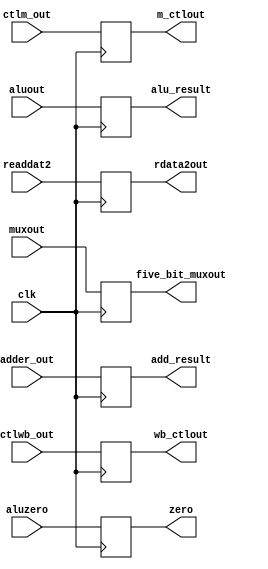
`timescale 1ns / 1ps
//////////////////////////////////////////////////////////////////////////////////
// Company: 
// Engineer: 
// 
// Design Name: 
// Module Name:    EX_MEM_register 
// Project Name: 
// Target Devices: 
// Tool versions: 
// Description: 
//
// Dependencies: 
//
// Revision: 
// Revision 0.01 - File Created
// Additional Comments: 
//
//////////////////////////////////////////////////////////////////////////////////
module EX_MEM_register(
	input clk,
	input wire [1:0]  ctlwb_out,
	input wire [2:0]  ctlm_out,
	input wire [31:0] adder_out,
	input wire 		   aluzero,
	input wire [31:0] aluout,
	input wire [31:0] readdat2,
	input wire [4:0]  muxout,
	output reg [1:0]  wb_ctlout,
	output reg [2:0]  m_ctlout,
	output reg [31:0] add_result, 
	output reg   	   zero,
	output reg [31:0] alu_result, 
	output reg [31:0] rdata2out, 
	output reg [4:0]  five_bit_muxout
    );
always @ (posedge clk) begin
	wb_ctlout <= ctlwb_out;
	m_ctlout <= ctlm_out;
	add_result <= adder_out;
	zero <= aluzero;
	alu_result <= aluout;
	rdata2out <= readdat2;
	five_bit_muxout <= muxout;
end

endmodule